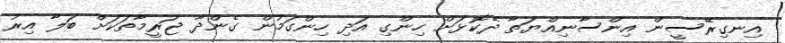
އިނގިރޭސީން އިންސާނިއްޔަތާ ދެކޮޅަށް ހިންގި އަދި ހިންގަމުން ގެންދާ ޖަރީމާތަކަށް ބަލާ އިރު